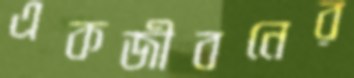
একজীবনের